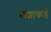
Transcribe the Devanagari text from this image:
नाशाकडे